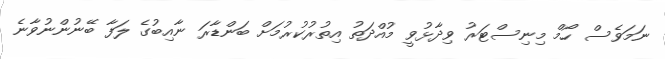
ނަމަވެސް ހޯމް މިނިސްޓަރު ވިދާޅުވީ މުއްދަތު އިތުރުކުރުމަށް ބަންޑާރަ ނާއިބުގެ ލަފާ ބޭނުންނުވާނެ